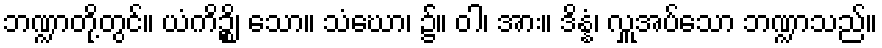
ဘဏ္ဍာတို့တွင်။ ယံကိဉ္စိ၊ သော။ သံဃော၊ ၌။ ဝါ၊ အား။ ဒိန္နံ၊ လှူအပ်သော ဘဏ္ဍာသည်။